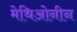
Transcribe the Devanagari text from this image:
मेथिओनीन